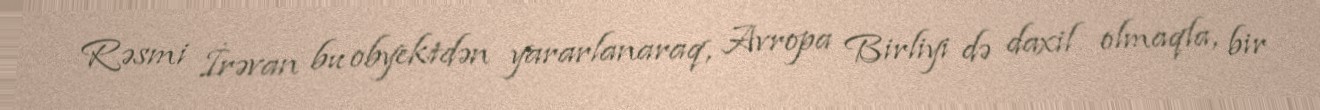
Rəsmi İrəvan bu obyektdən yararlanaraq, Avropa Birliyi də daxil olmaqla, bir